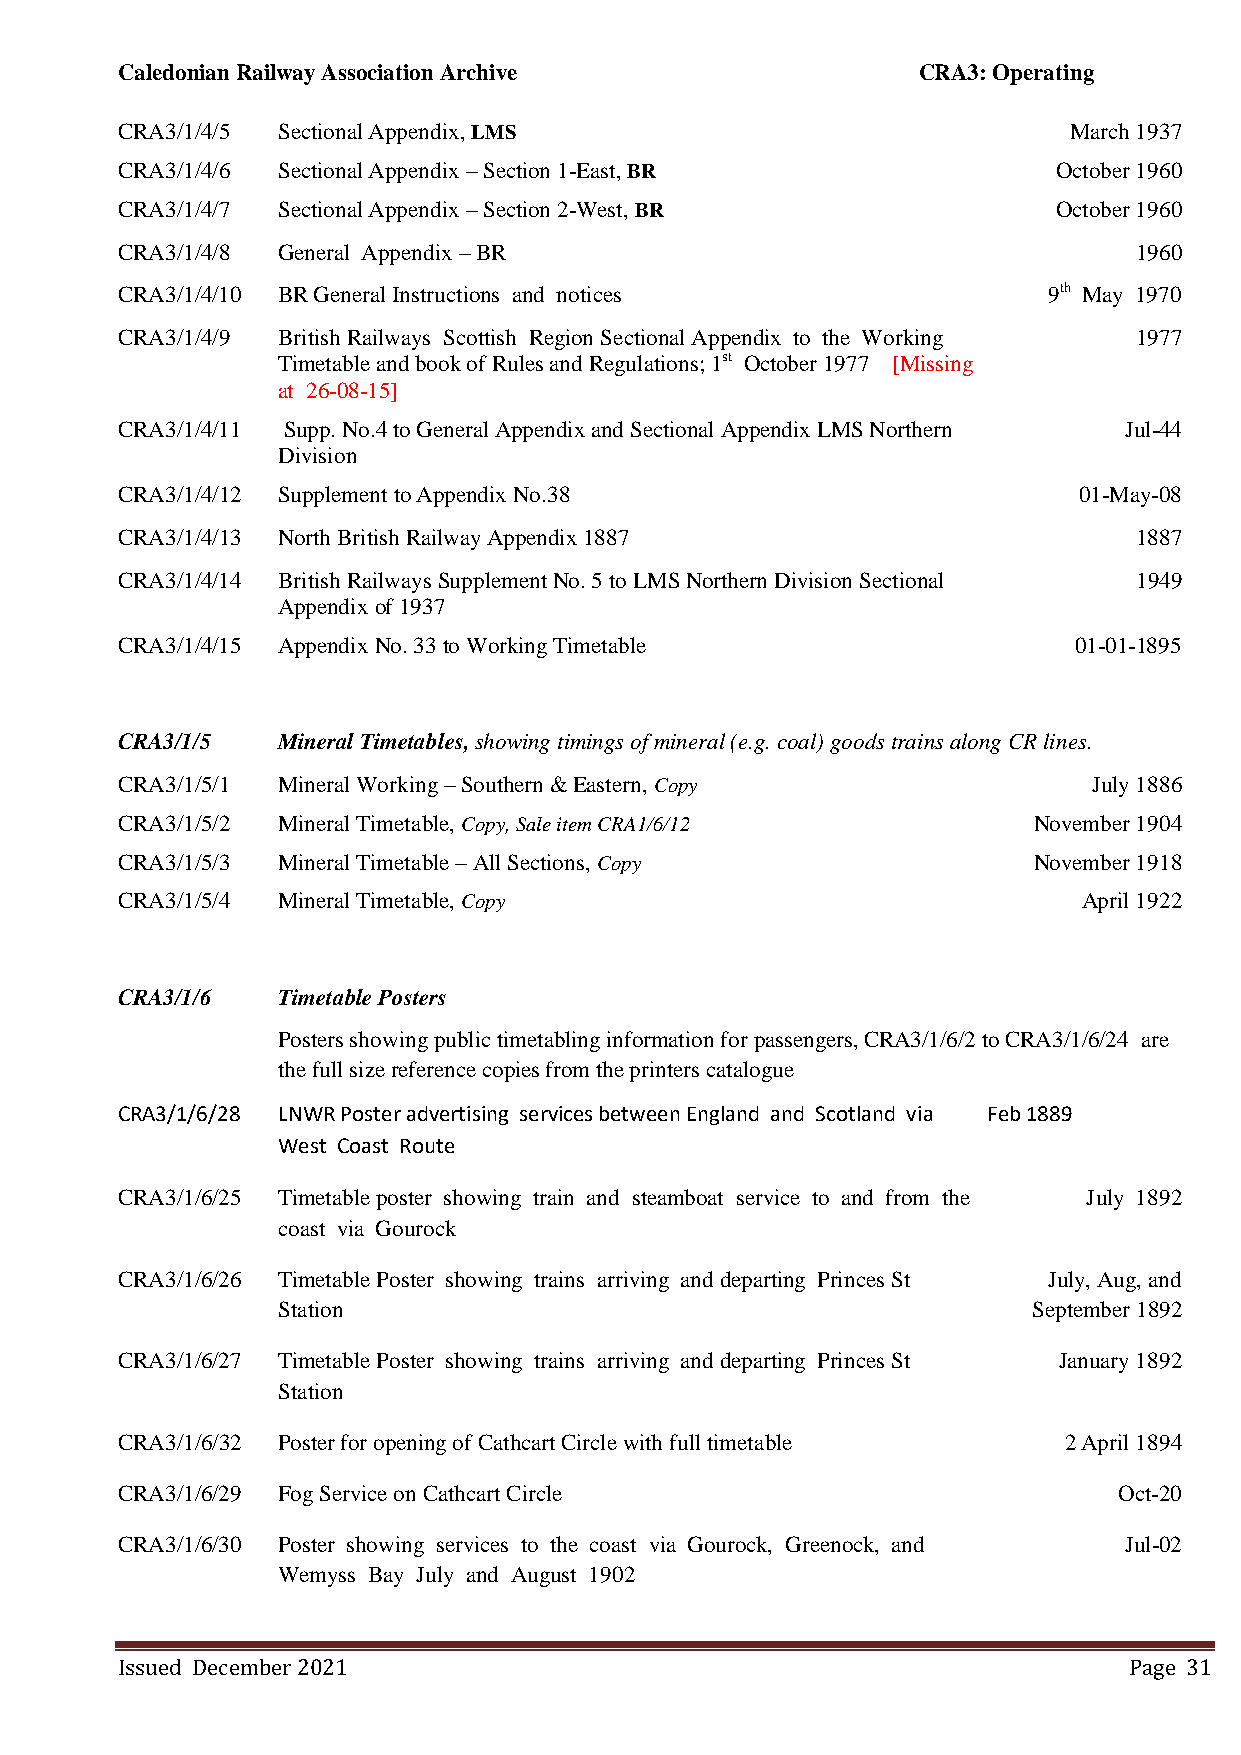
Caledonian Railway Association Archive               CRA3: Operating
 CRA3/1/4/5 Sectional Appendix, LMS                             March 1937
 CRA3/1/4/6 Sectional Appendix – Section 1-East, BR            October 1960
 CRA3/1/4/7 Sectional Appendix – Section 2-West, BR            October 1960
 CRA3/1/4/8 General Appendix – BR                                   1960
 CRA3/1/4/10 BR General Instructions and notices              9th May 1970
 CRA3/1/4/9 British Railways Scottish Region Sectional Appendix to the Working 1977
 Timetable and book of Rules and Regulations; 1st October 1977 [Missing
 at 26-08-15]
 CRA3/1/4/11 Supp. No.4 to General Appendix and Sectional Appendix LMS Northern Jul-44
 Division
 CRA3/1/4/12 Supplement to Appendix No.38                       01-May-08
 CRA3/1/4/13 North British Railway Appendix 1887                    1887
 CRA3/1/4/14 British Railways Supplement No. 5 to LMS Northern Division Sectional 1949
 Appendix of 1937
 CRA3/1/4/15 Appendix No. 33 to Working Timetable               01-01-1895
 CRA3/1/5  Mineral Timetables, showing timings of mineral (e.g. coal) goods trains along CR lines.
 CRA3/1/5/1 Mineral Working – Southern & Eastern, Copy           July 1886
 CRA3/1/5/2 Mineral Timetable, Copy, Sale item CRA1/6/12     November 1904
 CRA3/1/5/3 Mineral Timetable – All Sections, Copy           November 1918
 CRA3/1/5/4 Mineral Timetable, Copy                              April 1922
 CRA3/1/6  Timetable Posters
 Posters showing public timetabling information for passengers, CRA3/1/6/2 to CRA3/1/6/24 are
 the full size reference copies from the printers catalogue
 CRA3/1/6/28 LNWR Poster advertising services between England and Scotland via Feb 1889
 West Coast Route
 CRA3/1/6/25 Timetable poster showing train and steamboat service to and from the July 1892
 coast via Gourock
 CRA3/1/6/26 Timetable Poster showing trains arriving and departing Princes St July, Aug, and
 Station                                           September 1892
 CRA3/1/6/27 Timetable Poster showing trains arriving and departing Princes St January 1892
 Station
 CRA3/1/6/32 Poster for opening of Cathcart Circle with full timetable 2 April 1894
 CRA3/1/6/29 Fog Service on Cathcart Circle                        Oct-20
 CRA3/1/6/30 Poster showing services to the coast via Gourock, Greenock, and Jul-02
 Wemyss Bay July and August 1902
 Issued December 2021                                               Page 31